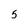
Character: 5